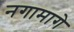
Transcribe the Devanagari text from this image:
नगामागे